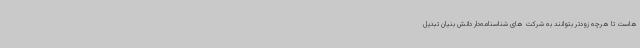
هاست تا هرچه زودتر بتوانند به شرکت های شناسنامه‌دار دانش بنیان تبدیل